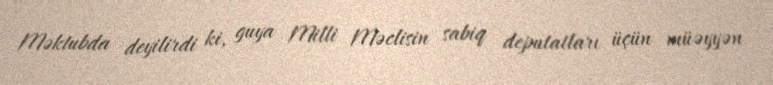
Məktubda deyilirdi ki, guya Milli Məclisin sabiq deputatları üçün müəyyən